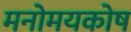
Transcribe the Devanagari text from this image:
मनोमयकोष